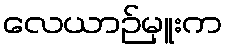
လေယာဉ်မှူးက